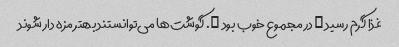
غذا گرم رسید … در مجموع خوب بود …. گوشت‌ها می‌توانستند بهتر مزه دار شوند